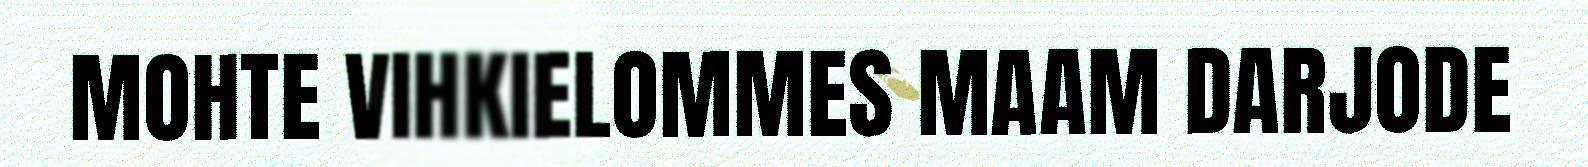
MOHTE VIHKIELOMMES MAAM DARJODE